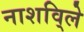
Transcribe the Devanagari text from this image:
नाशवि्ले